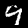
Digit: 9